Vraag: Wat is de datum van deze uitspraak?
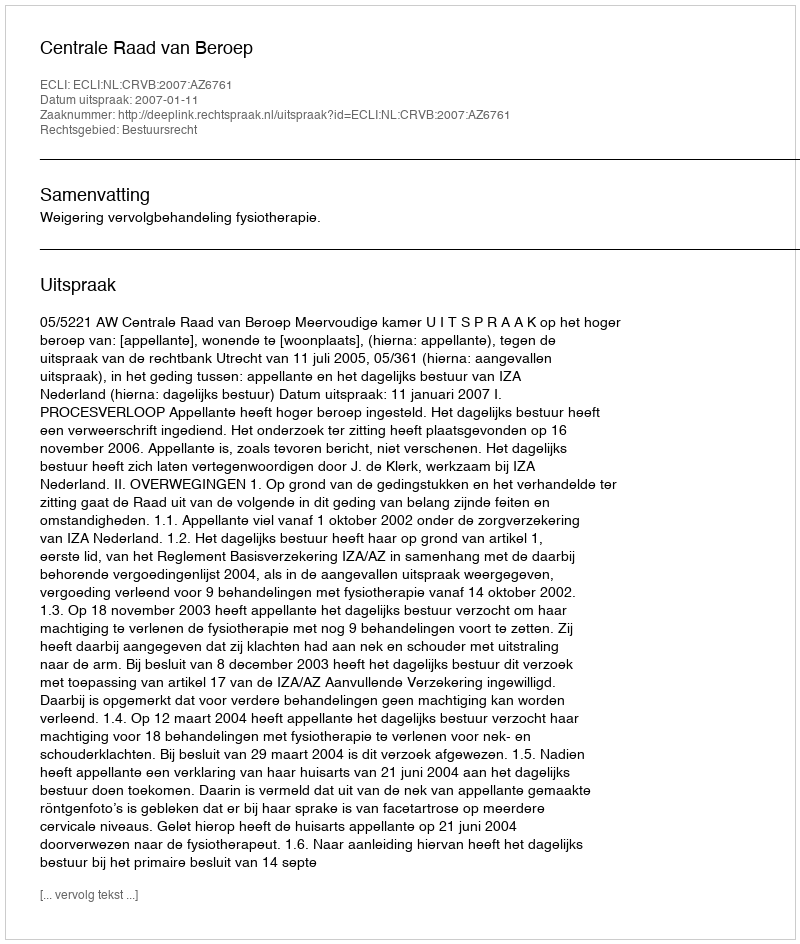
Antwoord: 2007-01-11